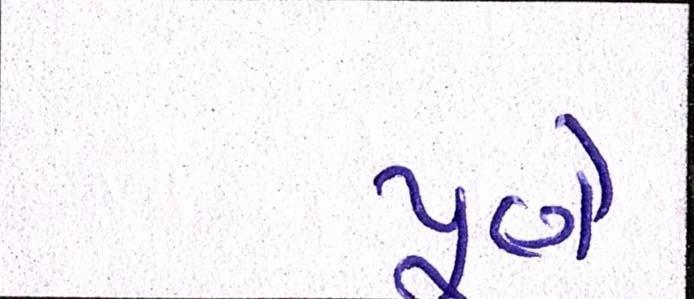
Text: પૂણે